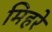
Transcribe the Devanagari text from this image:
मिहरे